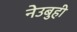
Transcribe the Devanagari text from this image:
नेउबुही